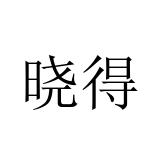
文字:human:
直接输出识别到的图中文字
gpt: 晓得